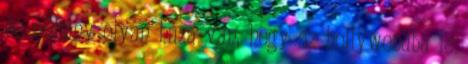
és néhány olyan háza van, hogy az hollywoodba is